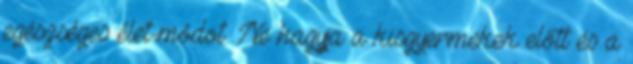
egészséges élet-módot. Ne hagyja a kisgyermekek előtt és a